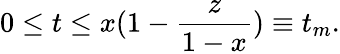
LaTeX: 0\le t\le x(1-\frac{z}{1-x})\equiv t_{m}.